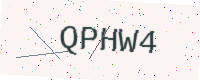
Text: QPHW4